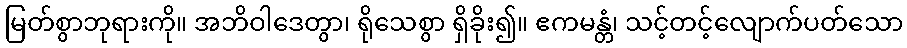
မြတ်စွာဘုရားကို။ အဘိဝါဒေတွာ၊ ရိုသေစွာ ရှိခိုး၍။ ဧကမန္တံ၊ သင့်တင့်လျောက်ပတ်သော